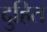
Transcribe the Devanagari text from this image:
दुहित